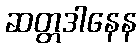
ဆတ္တဒါနေန